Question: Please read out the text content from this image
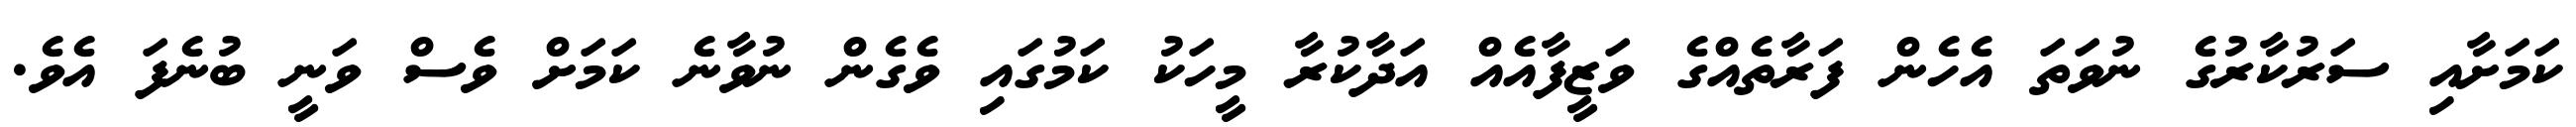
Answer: ކަމަށާއި ސަރުކާރުގެ ނުވަތަ އެހެން ފަރާތެއްގެ ވަޒީފާއެއް އަދާކުރާ މީހަކު ކަމުގައި ވެގެން ނުވާނެ ކަމަށް ވެސް ވަނީ ބުނެފަ އެވެ.